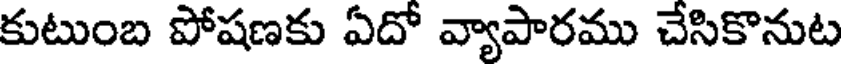
కుటుంబ పోషణకు ఏదో వ్యాపారము చేసికొనుట